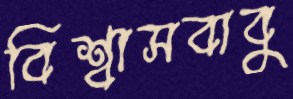
বিশ্বাসবাবু